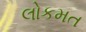
લોકમત